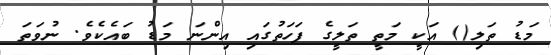
މަޑު ތަލި() އަކީ މަތީ ތަލީގެ ފަހަތުގައި އިންނަ މަޑު ބައެކެވެ. ނުވަތަ